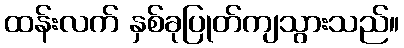
ထန်းလက် နှစ်ခုပြုတ်ကျသွားသည်။